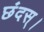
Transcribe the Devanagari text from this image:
छंदस्।